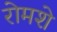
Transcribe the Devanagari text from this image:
रोमशे